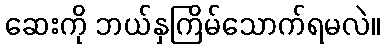
ဆေးကို ဘယ်နှကြိမ်သောက်ရမလဲ။